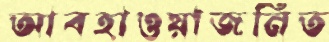
আবহাওয়াজনিত